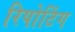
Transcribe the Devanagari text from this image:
रिपोटिंग